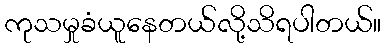
ကုသမှုခံယူနေတယ်လို့သိရပါတယ်။